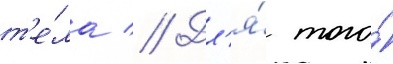
т'е́ла // Дл'я́ того́